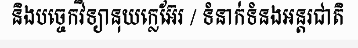
និងបច្ចេកវិទ្យានុយក្លេអ៊ែរ / ទំនាក់ទំនងអន្តរជាតិ